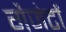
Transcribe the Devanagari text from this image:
गैजेटों